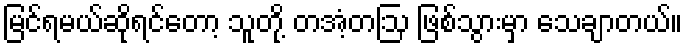
မြင်ရမယ်ဆိုရင်တော့ သူတို့ တအံ့တဩ ဖြစ်သွားမှာ သေချာတယ်။